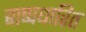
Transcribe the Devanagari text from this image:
बाष्पधारित